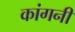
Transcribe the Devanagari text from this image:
कांगनी